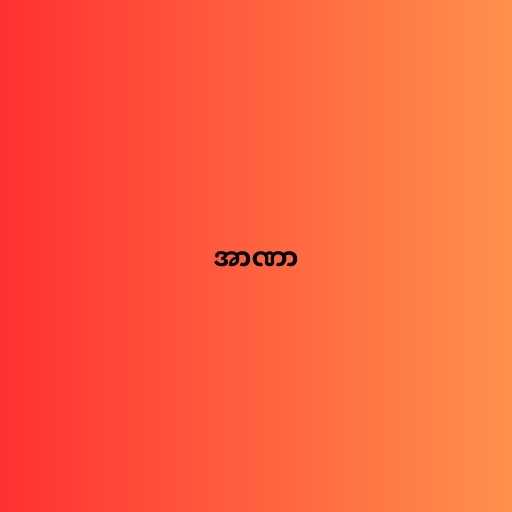
အာဏာ